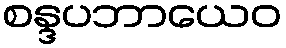
စန္ဒပဘာယေဝ